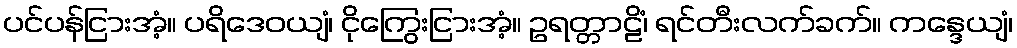
ပင်ပန်ငြားအံ့။ ပရိဒေဝယျံ၊ ငိုကြွေးငြားအံ့။ ဥရတ္တာဠိံ၊ ရင်တီးလက်ခက်။ ကန္ဒေယျံ၊